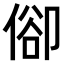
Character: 𠊬